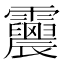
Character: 𩇀